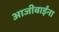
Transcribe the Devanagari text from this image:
आजीबाईंना